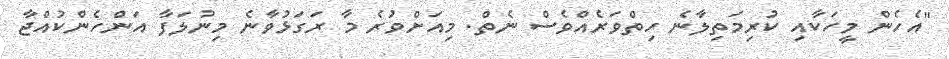
"އެހެން މީހަކާއި ކުރިމަތިލާނެ ހިތްވަރެއްވެސް ނެތް. މިއަށްވުރެ މާ ރަގަޅުވާނެ މިނުލަފާ އަންހެންކުއްޖާ